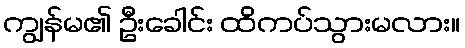
ကျွန်မ၏ ဦးခေါင်း ထိကပ်သွားမလား။